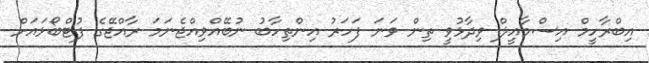
އިބްރާހީމް އިސްމާއީލް ވިދާޅުވީ ތިން ވަނަ ފަހަރު އިންތިހާބު ނުބޭއްވިއްޖެނަމަ ރާއްޖޭގެ ފުޓްބޯޅައަށް